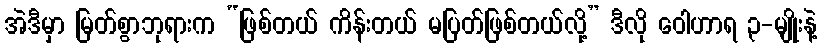
အဲဒီမှာ မြတ်စွာဘုရားက “ဖြစ်တယ် ကိန်းတယ် မပြတ်ဖြစ်တယ်လို့” ဒီလို ဝေါဟာရ ၃-မျိုးနဲ့